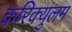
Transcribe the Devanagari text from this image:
करिक्युलम